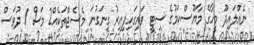
ނެއްލައިދޫ މީހާގެ މާޔޫސްކަމުގެ ސިޓީ ވައިގަހިފިއިރު ގިނަގުނަ މެސެޖްތަކެއް2 މަސް 1 ދުވަސް